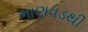
ભાણવડથી